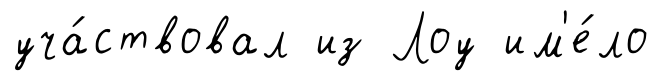
уча́ствовал из Лоу им'е́ло